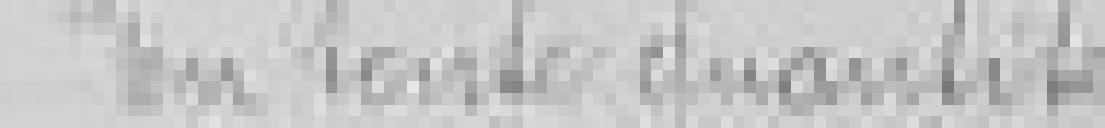
sortie : En toute quantité